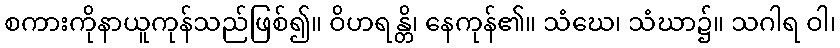
စကားကိုနာယူကုန်သည်ဖြစ်၍။ ဝိဟရန္တိ၊ နေကုန်၏။ သံဃေ၊ သံဃာ၌။ သဂါရ ဝါ၊